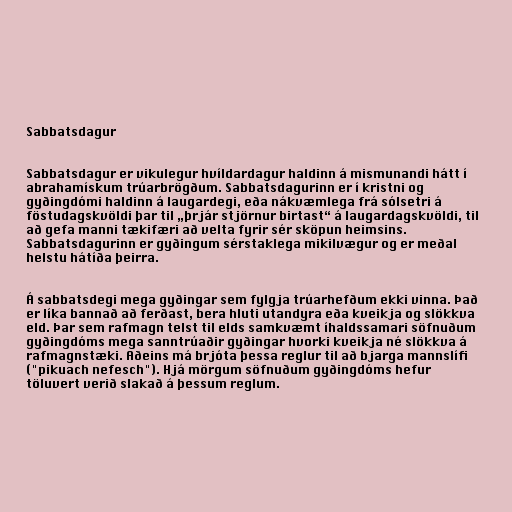
Sabbatsdagur

Sabbatsdagur er vikulegur hvíldardagur haldinn á mismunandi hátt í
abrahamískum trúarbrögðum. Sabbatsdagurinn er í kristni og
gyðingdómi haldinn á laugardegi, eða nákvæmlega frá sólsetri á
föstudagskvöldi þar til „þrjár stjörnur birtast“ á laugardagskvöldi, til
að gefa manni tækifæri að velta fyrir sér sköpun heimsins.
Sabbatsdagurinn er gyðingum sérstaklega mikilvægur og er meðal
helstu hátíða þeirra.

Á sabbatsdegi mega gyðingar sem fylgja trúarhefðum ekki vinna. Það
er líka bannað að ferðast, bera hluti utandyra eða kveikja og slökkva
eld. Þar sem rafmagn telst til elds samkvæmt íhaldssamari söfnuðum
gyðingdóms mega sanntrúaðir gyðingar hvorki kveikja né slökkva á
rafmagnstæki. Aðeins má brjóta þessa reglur til að bjarga mannslífi
("pikuach nefesch"). Hjá mörgum söfnuðum gyðingdóms hefur
töluvert verið slakað á þessum reglum.